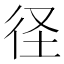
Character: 𮱻